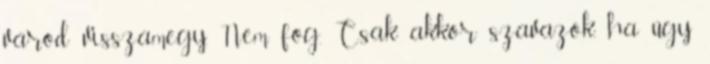
várod visszamegy. Nem fog. Csak akkor szavazok, ha úgy